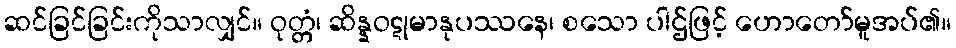
ဆင်ခြင်ခြင်းကိုသာလျှင်။ ဝုတ္တံ၊ ဆိန္နဝဋုမာနုပဿနေ၊ စသော ပါဌ်ဖြင့် ဟောတော်မူအပ်၏။